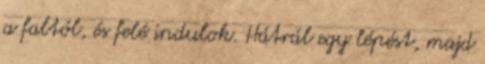
a faltól, és felé indulok. Hátrál egy lépést, majd